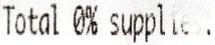
TOTAL 0% SUPPLIES.